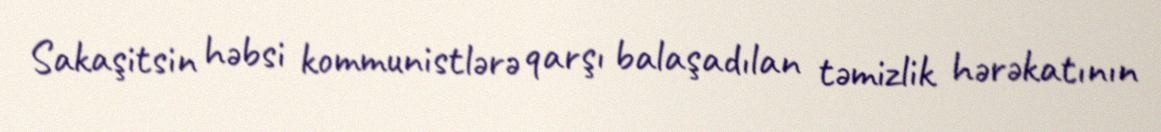
Sakaşitsin həbsi kommunistlərə qarşı balaşadılan təmizlik hərəkatının